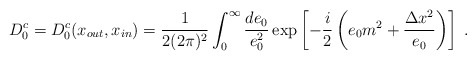
\begin{align*}D_{0}^{c}=D_{0}^{c}( x_{out},x_{in}) =\frac {1}{2( 2\pi )^{2}}\int_{0}^{\infty} \frac{de_0}{e_0^2}\exp \left[-\frac {i}{2}\left( e_0m^2+\frac{\Delta x^2}{e_0} \right) \right]\;.\end{align*}